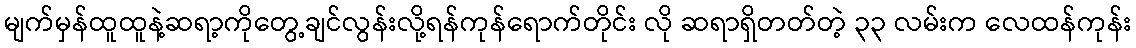
မျက်မှန်ထူထူနဲ့ဆရာ့ကိုတွေ့ချင်လွန်းလို့ရန်ကုန်ရောက်တိုင်း လို ဆရာရှိတတ်တဲ့ ၃၃ လမ်းက လေထန်ကုန်း